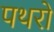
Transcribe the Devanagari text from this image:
पथरो